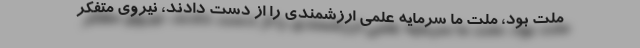
ملت بود، ملت ما سرمایه علمی ارزشمندی را از دست دادند، نیروی متفکر